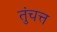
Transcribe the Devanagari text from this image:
तुंचत्त